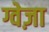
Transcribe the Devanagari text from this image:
ग्वेज़ा